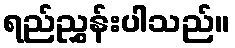
ရည်ညွှန်းပါသည်။